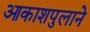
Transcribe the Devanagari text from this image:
आकाशपुलाने